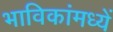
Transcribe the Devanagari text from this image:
भाविकांमध्यें